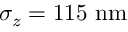
\sigma _ { z } = 1 1 5 \ \mathrm { n m }